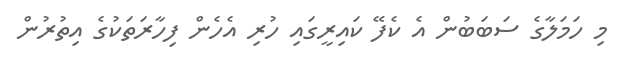
މި ހަމަލާގެ ސަބަބުން އެ ކެފޭ ކައިރީގައި ހުރި އެހެން ފިހާރަތަކުގެ އިތުރުން